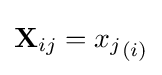
{\mathbf {X} }_{ij}={x_{j}}_{(i)}